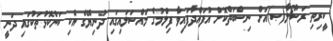
ކީރިތި ރަސޫލާ(ޞ)އަށް ނިސްބަތްކޮށް އުފައްދާފައިވާ ފިލްމުގެ މައްސަލައިގައި ދުނިޔޭގެ އެކި ކަންކޮޅުތަކުގައި ދަނީ